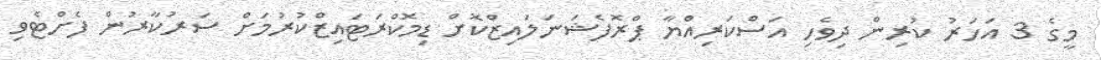
މީގެ 3 އަހަރު ކުރިން ދިވެހި އަސްކަރިއްޔާ ޕްރޮފެޝަނަލައިޒްކޮށް ޑިމޮކްރަޓައިޒްކުރުމަށް ސަރުކާރުން ފެށްޓެވި